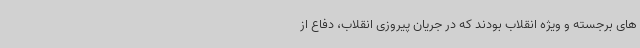
های برجسته و ویژه انقلاب بودند که در جریان پیروزی انقلاب، دفاع از